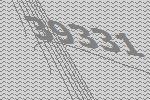
39331